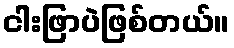
ငါးဖြာပဲဖြစ်တယ်။